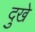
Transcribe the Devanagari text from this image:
दुखे